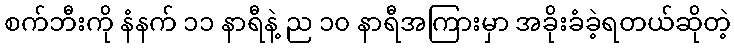
စက်ဘီးကို နံနက် ၁၁ နာရီနဲ့ ည ၁၀ နာရီအကြားမှာ အခိုးခံခဲ့ရတယ်ဆိုတဲ့